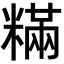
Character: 䊟